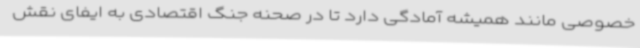
خصوصی مانند همیشه آمادگی دارد تا در صحنه جنگ اقتصادی به ایفای نقش